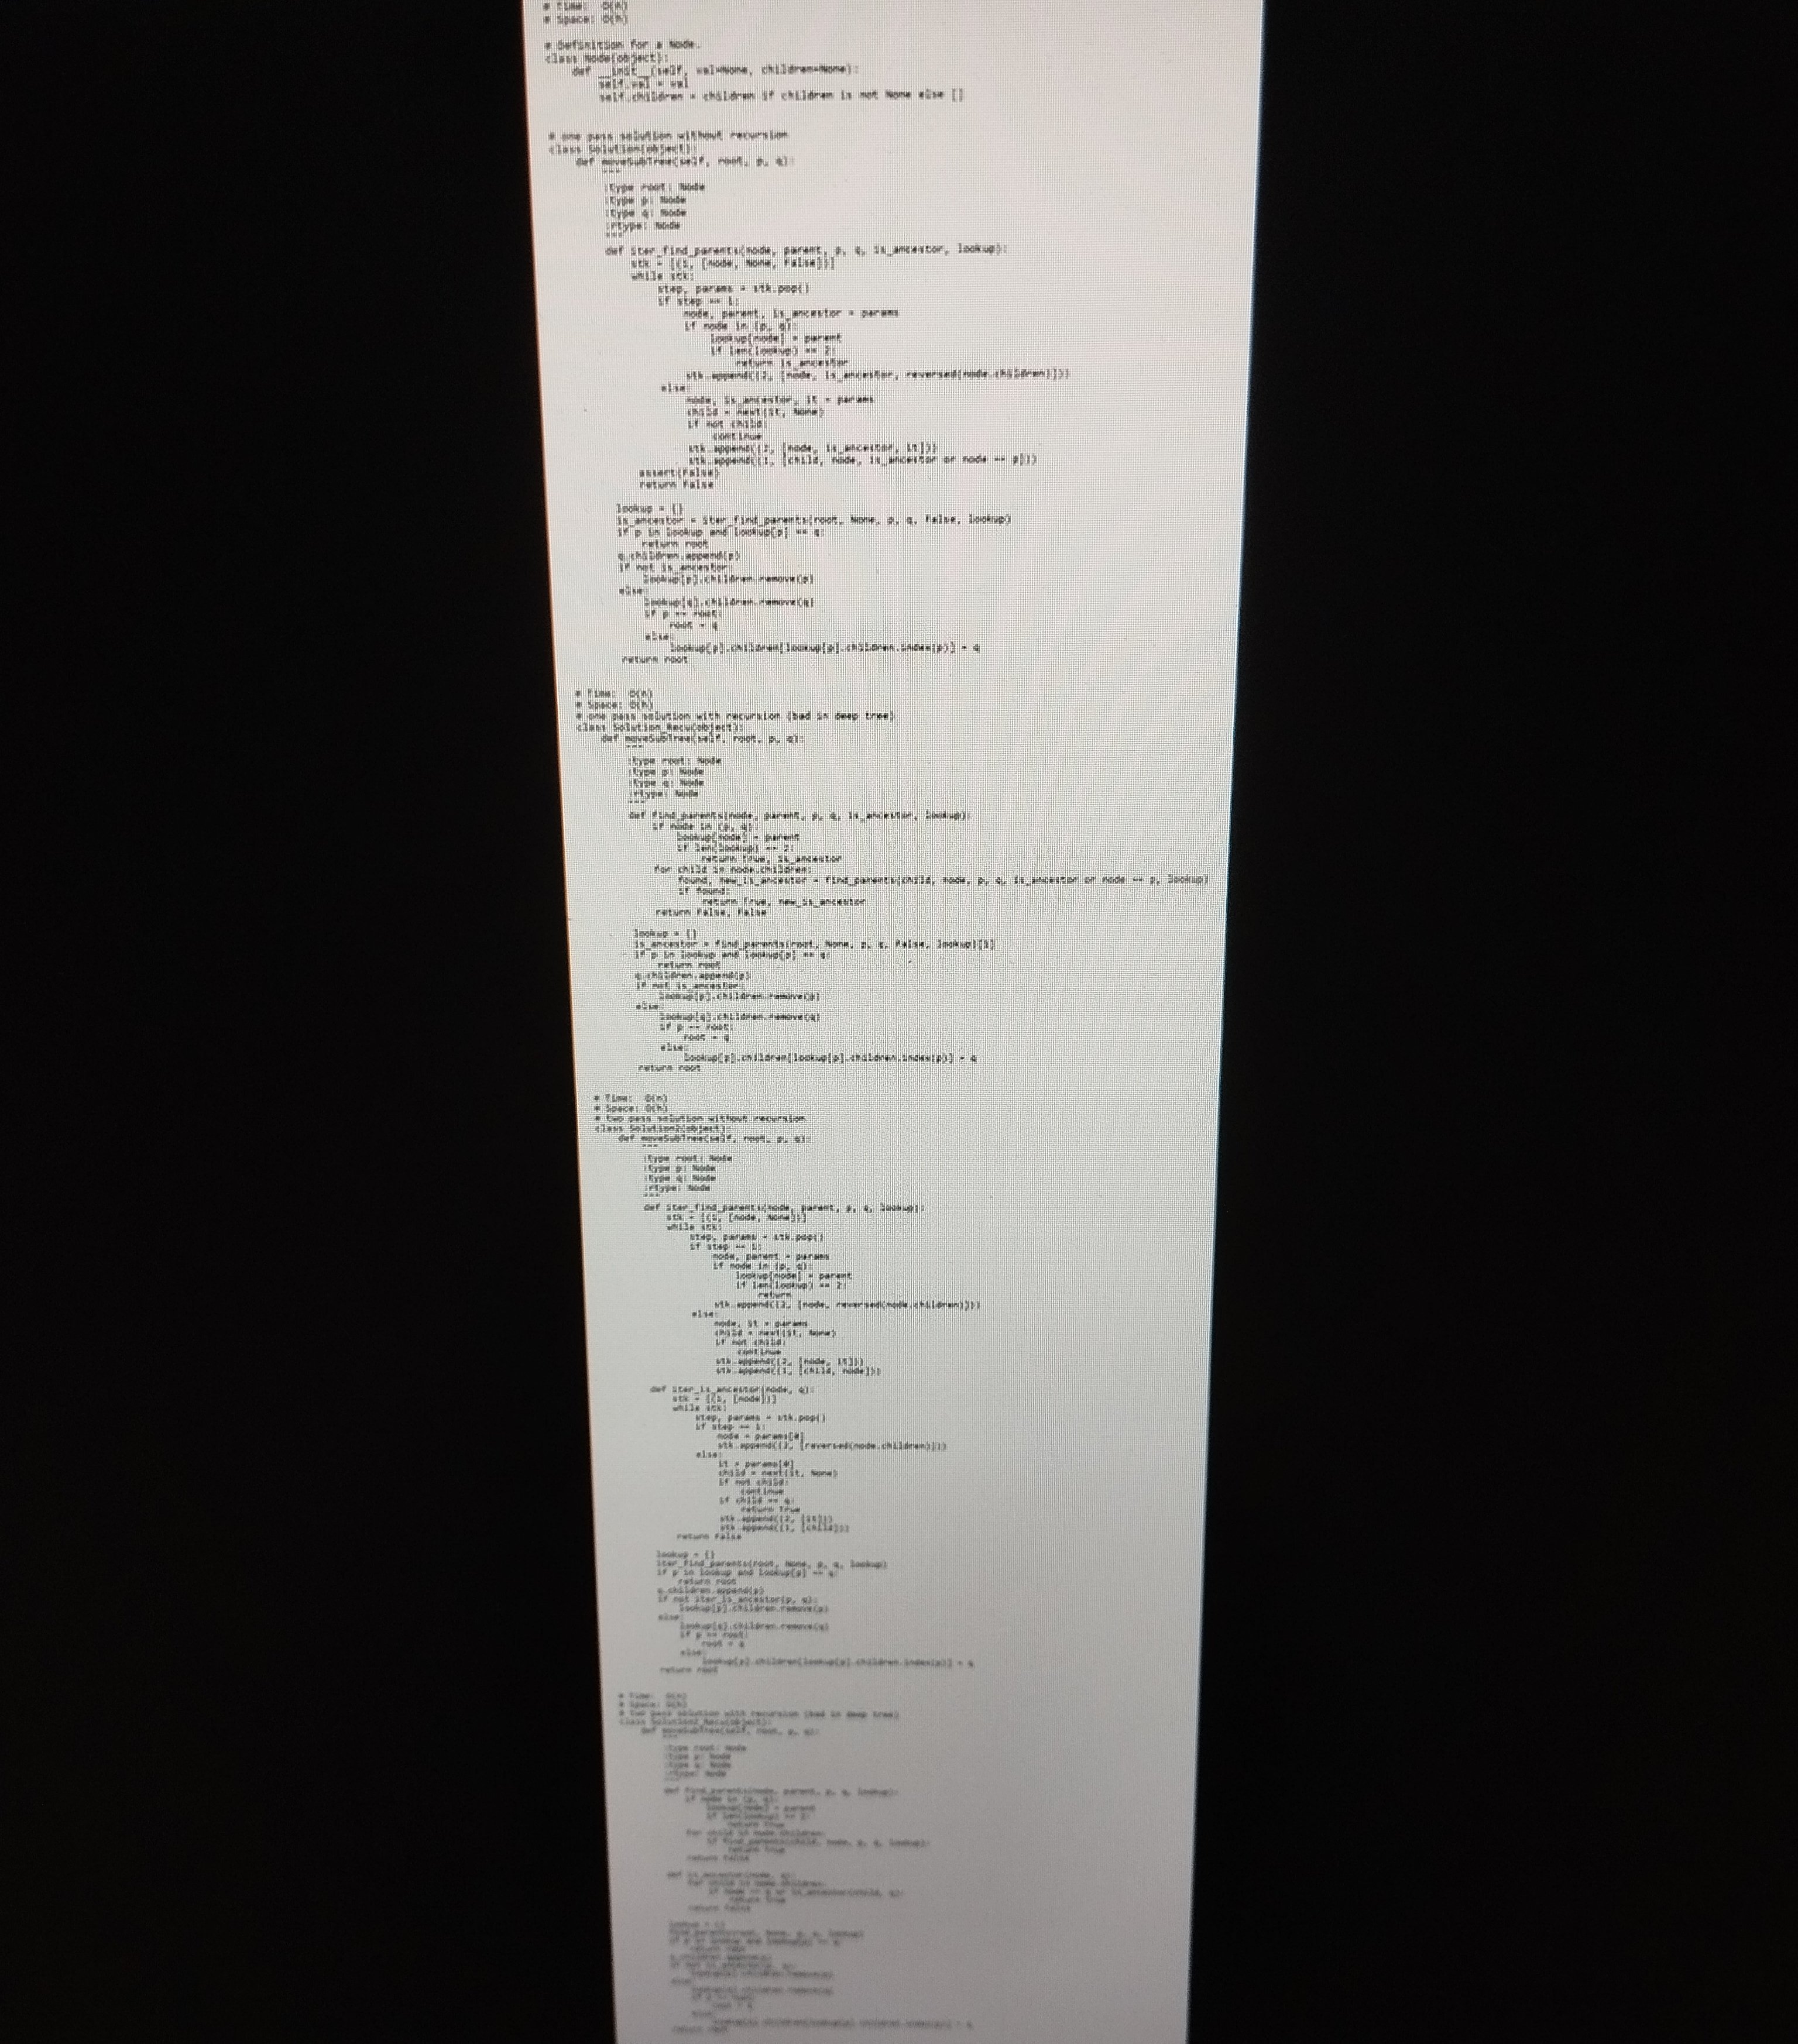
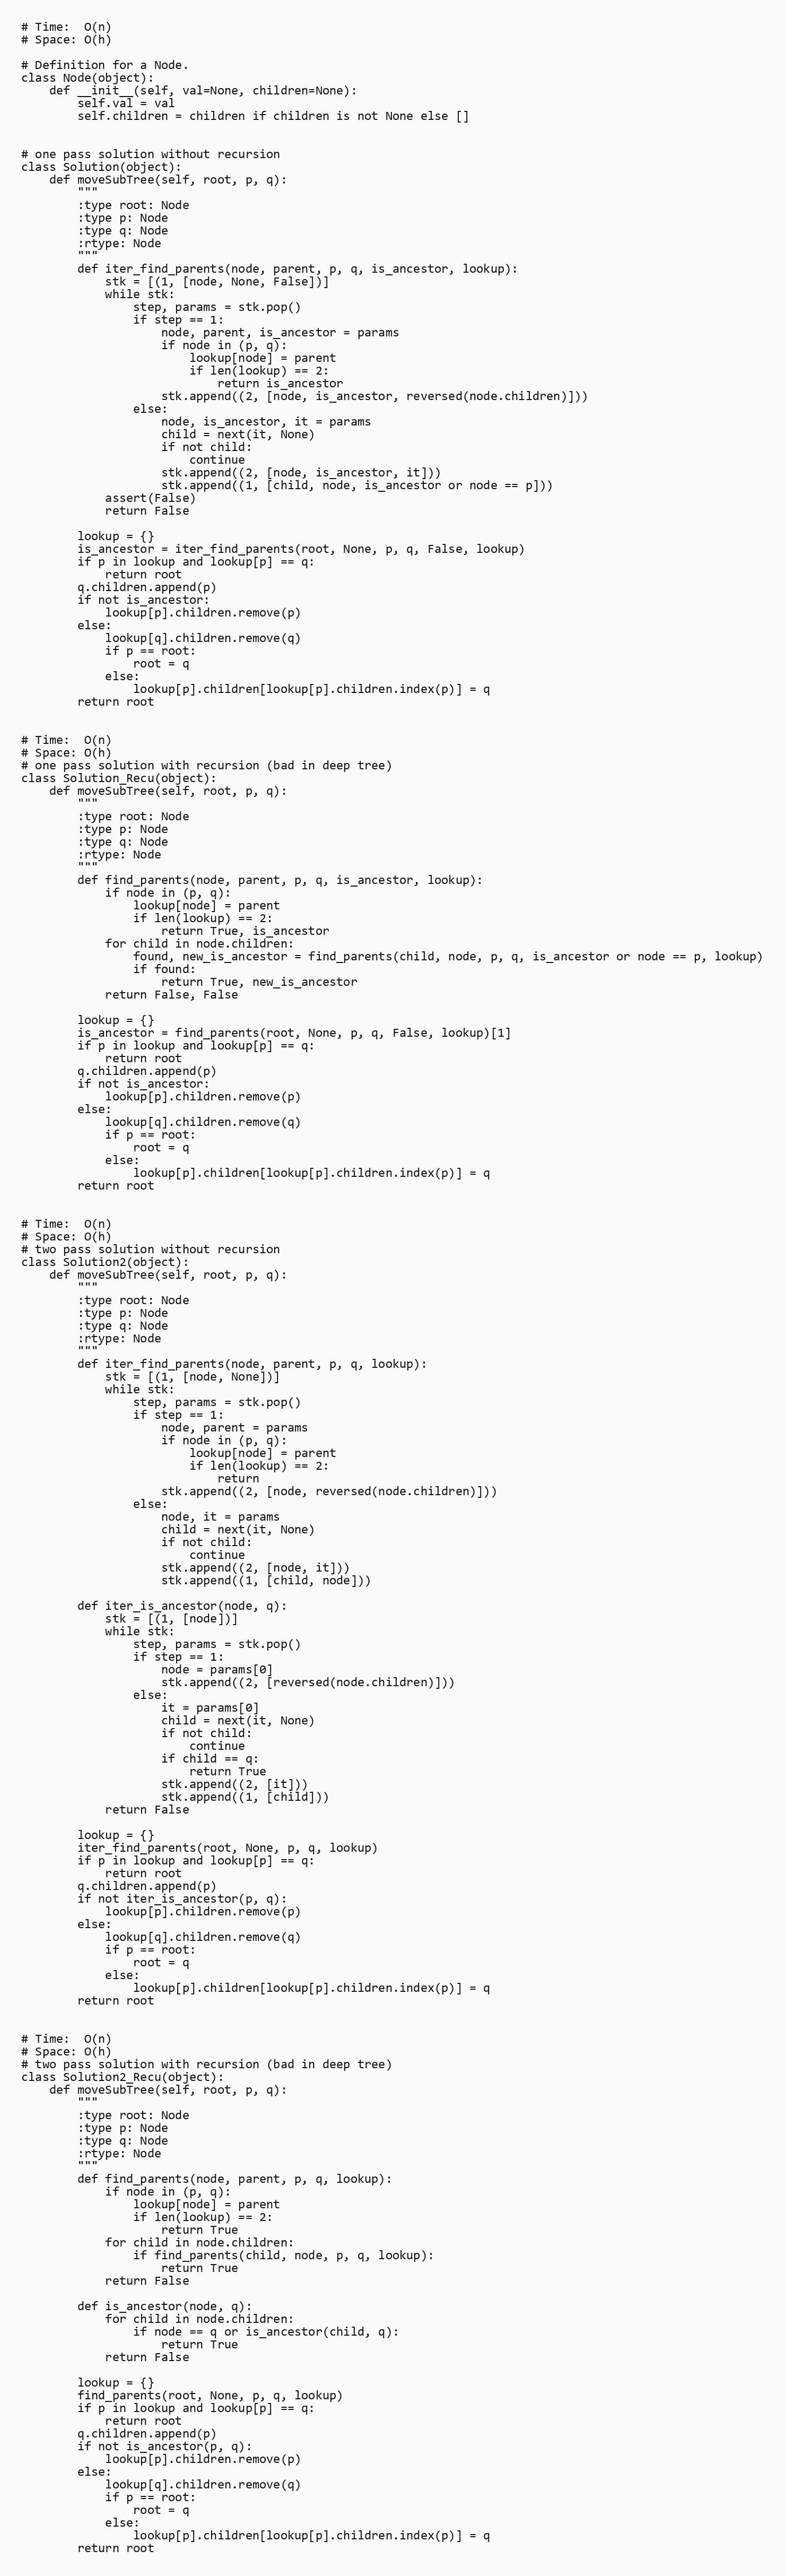
# Time:  O(n)
# Space: O(h)

# Definition for a Node.
class Node(object):
    def __init__(self, val=None, children=None):
        self.val = val
        self.children = children if children is not None else []

# one pass solution without recursion
class Solution(object):
    def moveSubTree(self, root, p, q):
        """
        :type root: Node
        :type p: Node
        :type q: Node
        :rtype: Node
        """
        def iter_find_parents(node, parent, p, q, is_ancestor, lookup):
            stk = [(1, [node, None, False])]
            while stk:
                step, params = stk.pop()
                if step == 1:
                    node, parent, is_ancestor = params
                    if node in (p, q):
                        lookup[node] = parent
                        if len(lookup) == 2:
                            return is_ancestor
                    stk.append((2, [node, is_ancestor, reversed(node.children)]))
                else:
                    node, is_ancestor, it = params
                    child = next(it, None)
                    if not child:
                        continue
                    stk.append((2, [node, is_ancestor, it]))
                    stk.append((1, [child, node, is_ancestor or node == p]))
            assert(False)
            return False

        lookup = {}
        is_ancestor = iter_find_parents(root, None, p, q, False, lookup)
        if p in lookup and lookup[p] == q:
            return root
        q.children.append(p)
        if not is_ancestor:
            lookup[p].children.remove(p)
        else:
            lookup[q].children.remove(q)
            if p == root:
                root = q
            else:
                lookup[p].children[lookup[p].children.index(p)] = q
        return root

# Time:  O(n)
# Space: O(h)
# one pass solution with recursion (bad in deep tree)
class Solution_Recu(object):
    def moveSubTree(self, root, p, q):
        """
        :type root: Node
        :type p: Node
        :type q: Node
        :rtype: Node
        """
        def find_parents(node, parent, p, q, is_ancestor, lookup):
            if node in (p, q):
                lookup[node] = parent
                if len(lookup) == 2:
                    return True, is_ancestor
            for child in node.children:
                found, new_is_ancestor = find_parents(child, node, p, q, is_ancestor or node == p, lookup)
                if found:
                    return True, new_is_ancestor
            return False, False

        lookup = {}
        is_ancestor = find_parents(root, None, p, q, False, lookup)[1]
        if p in lookup and lookup[p] == q:
            return root
        q.children.append(p)
        if not is_ancestor:
            lookup[p].children.remove(p)
        else:
            lookup[q].children.remove(q)
            if p == root:
                root = q
            else:
                lookup[p].children[lookup[p].children.index(p)] = q
        return root

# Time:  O(n)
# Space: O(h)
# two pass solution without recursion
class Solution2(object):
    def moveSubTree(self, root, p, q):
        """
        :type root: Node
        :type p: Node
        :type q: Node
        :rtype: Node
        """
        def iter_find_parents(node, parent, p, q, lookup):
            stk = [(1, [node, None])]
            while stk:
                step, params = stk.pop()
                if step == 1:
                    node, parent = params
                    if node in (p, q):
                        lookup[node] = parent
                        if len(lookup) == 2:
                            return
                    stk.append((2, [node, reversed(node.children)]))
                else:
                    node, it = params
                    child = next(it, None)
                    if not child:
                        continue
                    stk.append((2, [node, it]))
                    stk.append((1, [child, node]))

        def iter_is_ancestor(node, q):
            stk = [(1, [node])]
            while stk:
                step, params = stk.pop()
                if step == 1:
                    node = params[0]
                    stk.append((2, [reversed(node.children)]))
                else:
                    it = params[0]
                    child = next(it, None)
                    if not child:
                        continue
                    if child == q:
                        return True
                    stk.append((2, [it]))
                    stk.append((1, [child]))
            return False

        lookup = {}
        iter_find_parents(root, None, p, q, lookup)
        if p in lookup and lookup[p] == q:
            return root
        q.children.append(p)
        if not iter_is_ancestor(p, q):
            lookup[p].children.remove(p)
        else:
            lookup[q].children.remove(q)
            if p == root:
                root = q
            else:
                lookup[p].children[lookup[p].children.index(p)] = q
        return root

# Time:  O(n)
# Space: O(h)
# two pass solution with recursion (bad in deep tree)
class Solution2_Recu(object):
    def moveSubTree(self, root, p, q):
        """
        :type root: Node
        :type p: Node
        :type q: Node
        :rtype: Node
        """
        def find_parents(node, parent, p, q, lookup):
            if node in (p, q):
                lookup[node] = parent
                if len(lookup) == 2:
                    return True
            for child in node.children:
                if find_parents(child, node, p, q, lookup):
                    return True
            return False

        def is_ancestor(node, q):
            for child in node.children:
                if node == q or is_ancestor(child, q):
                    return True
            return False

        lookup = {}
        find_parents(root, None, p, q, lookup)
        if p in lookup and lookup[p] == q:
            return root
        q.children.append(p)
        if not is_ancestor(p, q):
            lookup[p].children.remove(p)
        else:
            lookup[q].children.remove(q)
            if p == root:
                root = q
            else:
                lookup[p].children[lookup[p].children.index(p)] = q
        return root